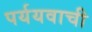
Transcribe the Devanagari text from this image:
पर्ययवाची